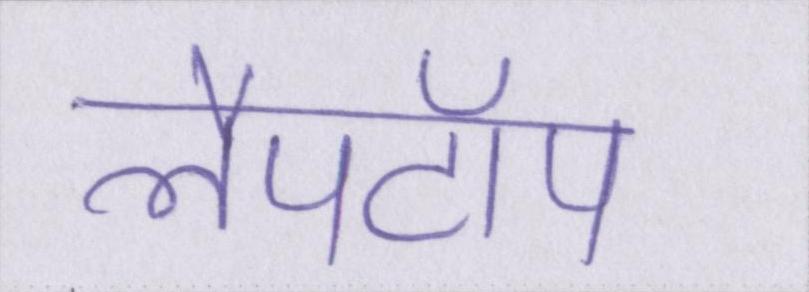
लैपटॉप